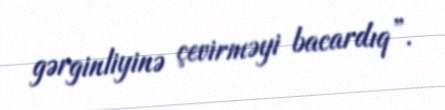
gərginliyinə çevirməyi bacardıq”.